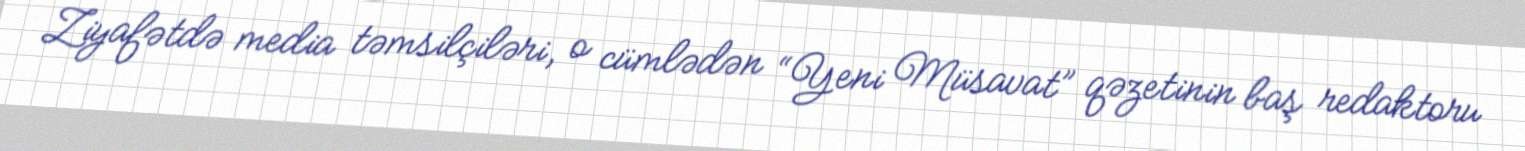
Ziyafətdə media təmsilçiləri, o cümlədən “Yeni Müsavat” qəzetinin baş redaktoru